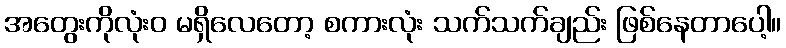
အတွေးကိုလုံးဝ မရှိလေတော့ စကားလုံး သက်သက်ချည်း ဖြစ်နေတာပေါ့။